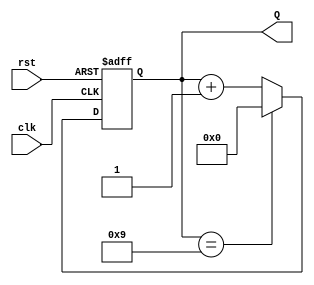
module decade_counter (
    input wire clk,      // Clock input
    input wire rst,      // Asynchronous reset input
    output reg [3:0] Q   // 4-bit output for the count value
);

// Always block triggered on the rising edge of the clock or when reset is asserted
always @(posedge clk or posedge rst) begin
    if (rst) begin
        Q <= 4'b0000; // Reset the count to 0
    end else begin
        if (Q == 4'b1001) begin
            Q <= 4'b0000; // Reset to 0 when count reaches 10 (1010)
        end else begin
            Q <= Q + 1; // Increment the count
        end
    end
end

endmodule